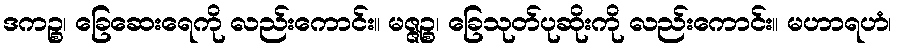
ဒကဉ္စ၊ ခြေဆေးရေကို လည်းကောင်း။ မဇ္ဇဉ္စ၊ ခြေသုတ်ပုဆိုးကို လည်းကောင်း။ မဟာရဟံ၊